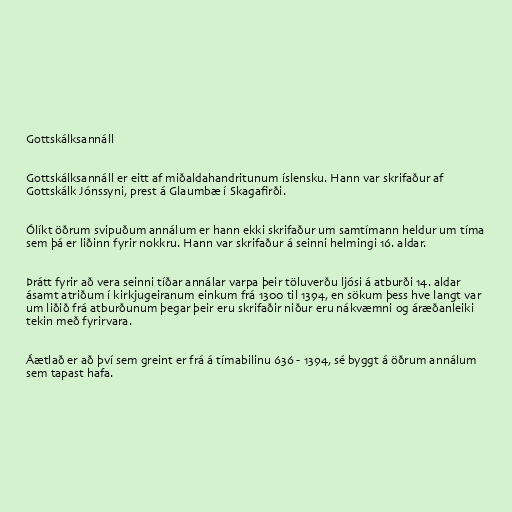
Gottskálksannáll

Gottskálksannáll er eitt af miðaldahandritunum íslensku. Hann var skrifaður af
Gottskálk Jónssyni, prest á Glaumbæ í Skagafirði.

Ólíkt öðrum svipuðum annálum er hann ekki skrifaður um samtímann heldur um tíma
sem þá er liðinn fyrir nokkru. Hann var skrifaður á seinni helmingi 16. aldar.

Þrátt fyrir að vera seinni tíðar annálar varpa þeir töluverðu ljósi á atburði 14. aldar
ásamt atriðum í kirkjugeiranum einkum frá 1300 til 1394, en sökum þess hve langt var
um liðið frá atburðunum þegar þeir eru skrifaðir niður eru nákvæmni og áræðanleiki
tekin með fyrirvara.

Áætlað er að því sem greint er frá á tímabilinu 636 - 1394, sé byggt á öðrum annálum
sem tapast hafa.